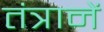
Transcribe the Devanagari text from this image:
तंत्रानें